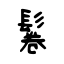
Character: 鬈